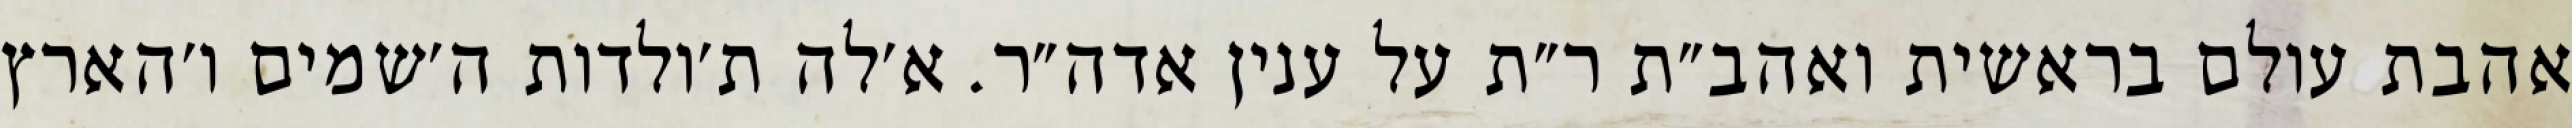
אהבת עולם בראשית ואהב״ת ר״ת על ענין אדה״ר. א׳לה ת׳ולדות ה׳שמים ו׳הארץ